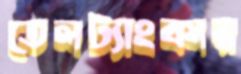
তেলট্যাংকার